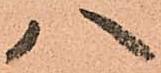
八